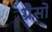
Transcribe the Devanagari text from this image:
ग्रैसो